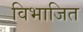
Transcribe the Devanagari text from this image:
विभाजित